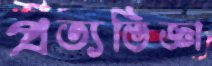
প্রত্যভিজ্ঞা